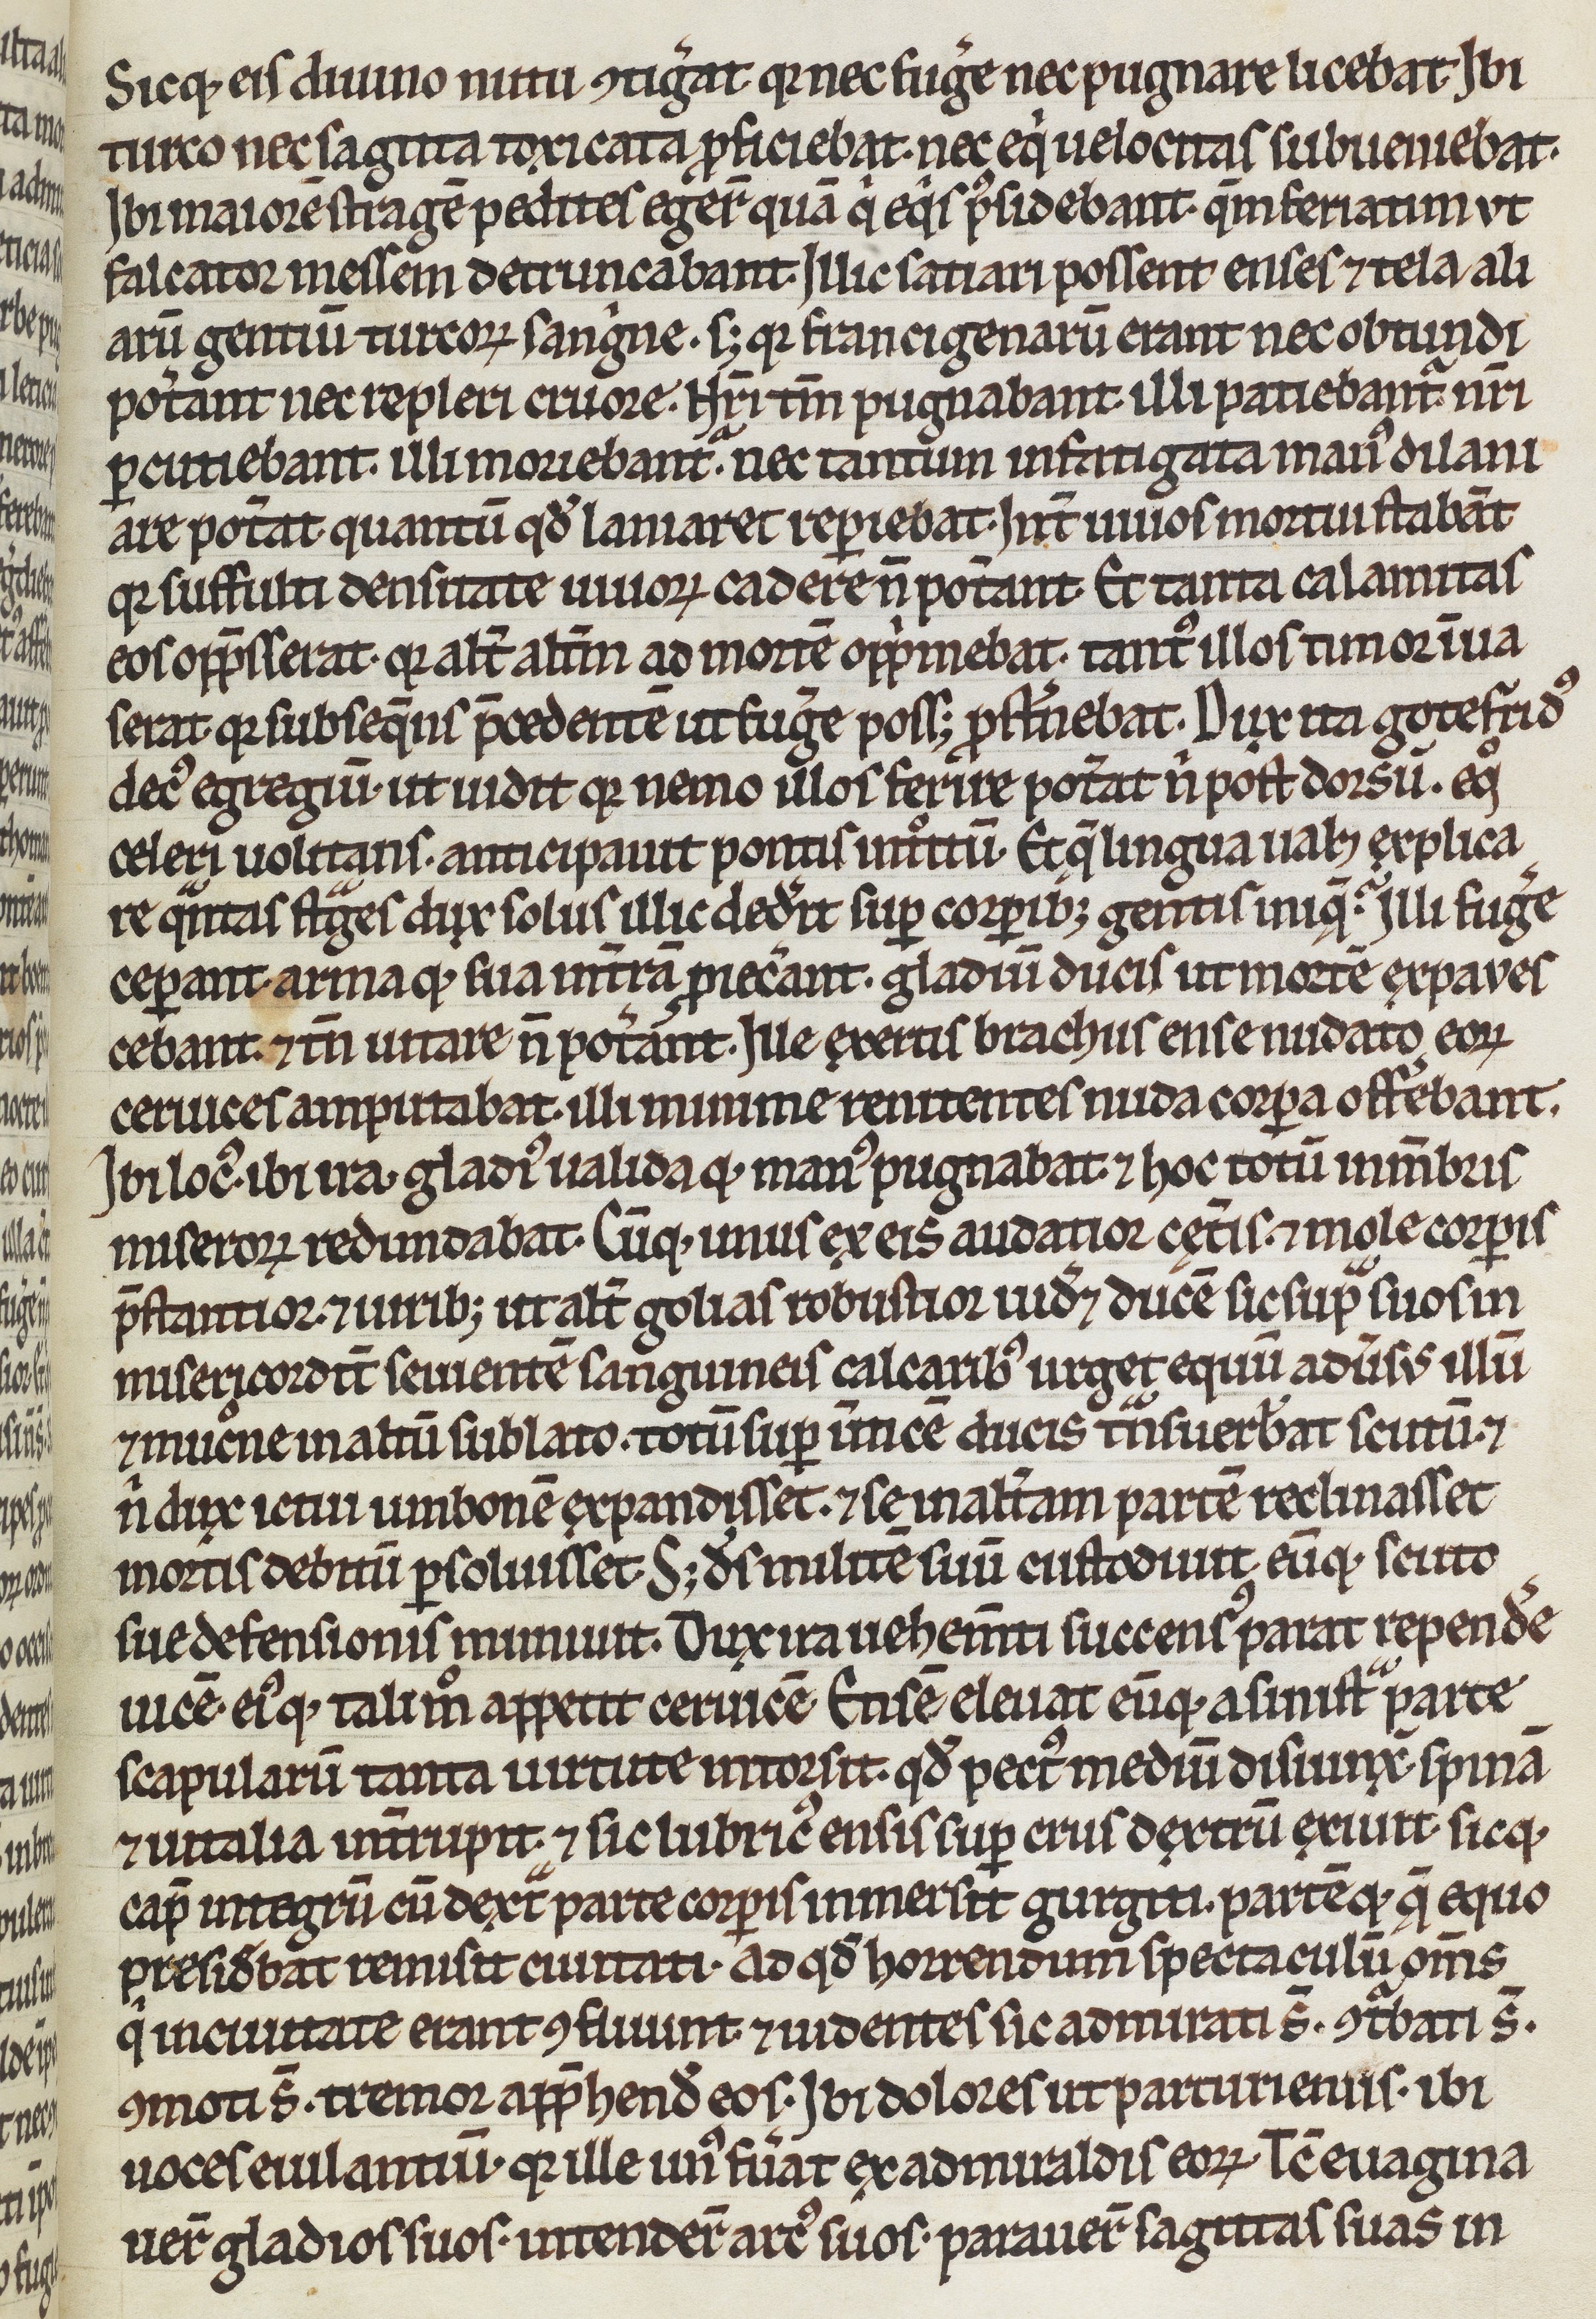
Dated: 1200–1299